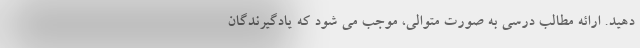
دهید. ارائه مطالب درسی به صورت متوالی، موجب می شود که یادگیرندگان